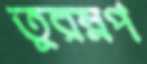
তুরম্নপ